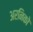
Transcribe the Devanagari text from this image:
अरनिको